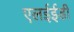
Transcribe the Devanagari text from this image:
एलईईडी